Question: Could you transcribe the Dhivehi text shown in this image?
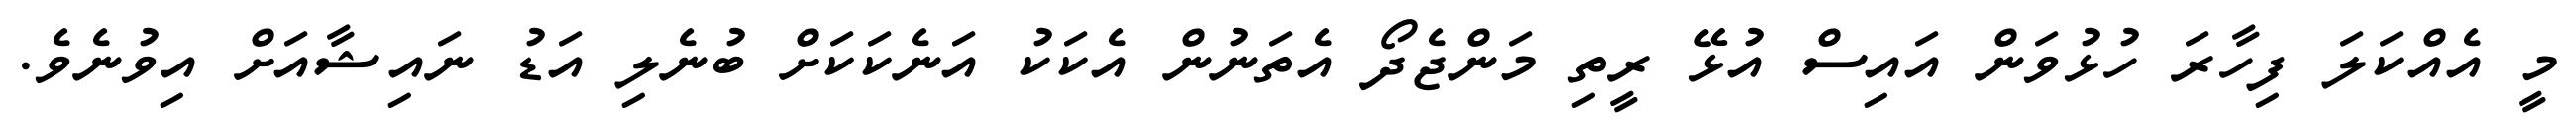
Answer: މީ އެއްކަލަ ފިހާރަ ހުޅުވަން އައިސް އުޅޭ ރީތި މަންޖެދޯ އެތަނުން އެކަކު އަނެކަކަށް ބުނެލި އަޑު ނައިޝާއަށް އިވުނެވެ.